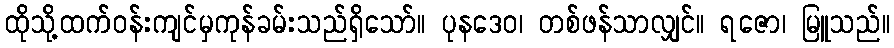
ထိုသို့ထက်ဝန်းကျင်မှကုန်ခမ်းသည်ရှိသော်။ ပုနဒေဝ၊ တစ်ဖန်သာလျှင်။ ရဇော၊ မြူသည်။